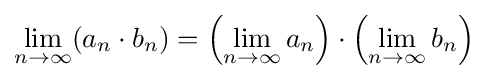
\lim _{n\to \infty }(a_{n}\cdot b_{n})=\left(\lim _{n\to \infty }a_{n}\right)\cdot \left(\lim _{n\to \infty }b_{n}\right)